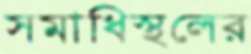
সমাধিস্থলের